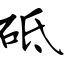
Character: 砥